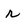
Character: r